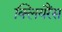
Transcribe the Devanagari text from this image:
क्लियरैंस